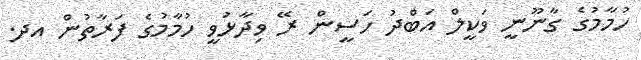
ހުމާމުގެ ގާނޫނީ ވަކީލް އަބްދު ހަސީން ރޭ ވިދާޅުވީ ހުމާމުގެ ފަރާތުން އދ.